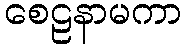
စေဠနာမကာ